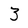
Character: 3